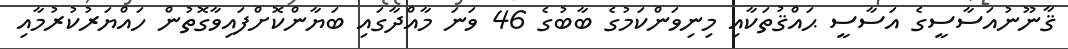
ޤާނޫނުއަސާސީގެ އަސާސީ ޙައްޤުތަކާއި މިނިވަންކަމުގެ ބާބުގެ 46 ވަނަ މާއްދާގައި ބަޔާންކޮށްފައިވާގޮތުން ހައްޔަރުކުރުމާއި